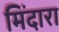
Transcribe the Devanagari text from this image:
मिंदारा